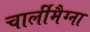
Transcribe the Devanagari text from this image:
चार्लीमैग्ना